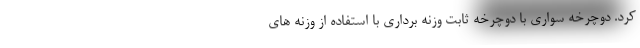
کرد. دوچرخه سواری با دوچرخه ثابت وزنه برداری با استفاده از وزنه های